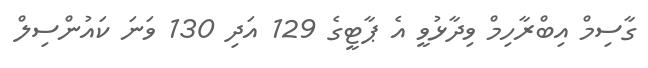
ގާސިމް އިބްރާހިމް ވިދާޅުވީ އެ ޕާޓީގެ 129 އަދި 130 ވަނަ ކައުންސިލް